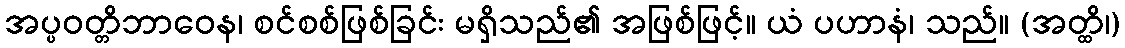
အပ္ပဝတ္တိဘာဝေန၊ စင်စစ်ဖြစ်ခြင်း မရှိသည်၏ အဖြစ်ဖြင့်။ ယံ ပဟာနံ၊ သည်။ (အတ္ထိ၊)